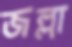
জল্লা